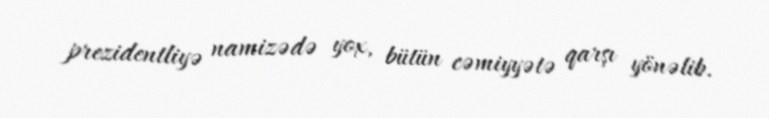
prezidentliyə namizədə yox, bütün cəmiyyətə qarşı yönəlib.